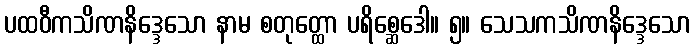
ပထဝီကသိဏနိဒ္ဒေသော နာမ စတုတ္ထော ပရိစ္ဆေဒေါ။ ၅။ သေသကသိဏနိဒ္ဒေသော